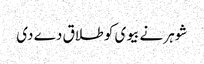
شوہر نے بیوی کو طلاق دے دی